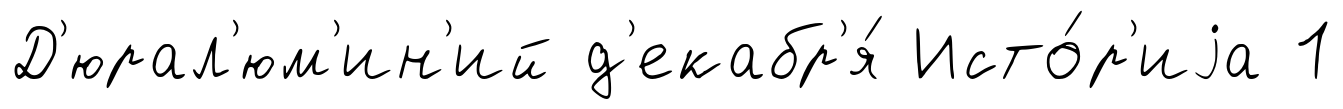
Д'юрал'юм'ин'ий д'екабр'я́ Исто́р'иjа 1